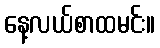
နေ့လယ်စာထမင်း။